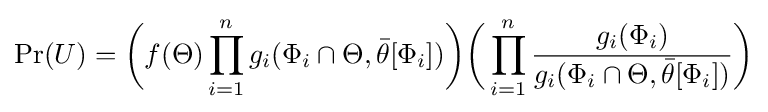
\Pr(U)={\bigg (}f(\Theta )\prod _{i=1}^{n}g_{i}(\Phi _{i}\cap \Theta ,{\bar {\theta }}[\Phi _{i}]){\bigg )}{\bigg (}\prod _{i=1}^{n}{\frac {g_{i}(\Phi _{i})}{g_{i}(\Phi _{i}\cap \Theta ,{\bar {\theta }}[\Phi _{i}])}}{\bigg )}